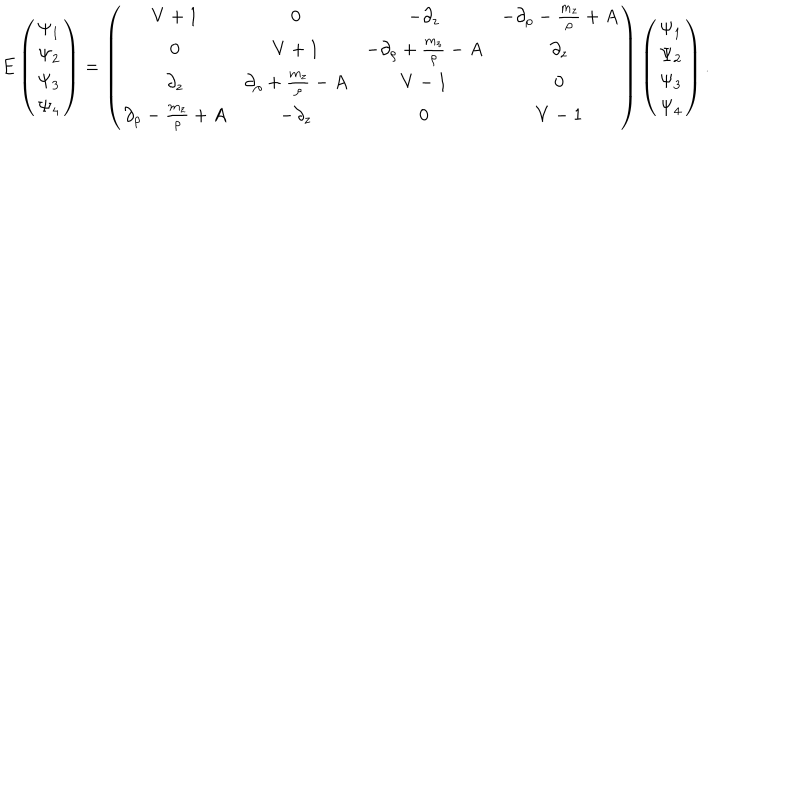
E \left( \begin{matrix} { { { \Psi _ { 1 } } } } \\ { { { \Psi _ { 2 } } } } \\ { { { \Psi _ { 3 } } } } \\ { { { \Psi _ { 4 } } } } \\ \end{matrix} \right) = \left( \begin{matrix} { { V + 1 } } & { { 0 } } & { { - \partial _ { z } } } & { { - \partial _ { \rho } - { \frac { m _ { z } } { \rho } } + \it { A } } } \\ { { 0 } } & { { V + 1 } } & { { - \partial _ { \rho } + { \frac { m _ { z } } { \rho } } - \it { A } } } & { { \partial _ { z } } } \\ { { \partial _ { z } } } & { { \partial _ { \rho } + { \frac { m _ { z } } { \rho } } - \it { A } } } & { { V - 1 } } & { { 0 } } \\ { { \partial _ { \rho } - { \frac { m _ { z } } { \rho } } + \it { A } } } & { { - \partial _ { z } } } & { { 0 } } & { { V - 1 } } \\ \end{matrix} \right) \left( \begin{matrix} { { { \Psi _ { 1 } } } } \\ { { { \Psi _ { 2 } } } } \\ { { { \Psi _ { 3 } } } } \\ { { { \Psi _ { 4 } } } } \\ \end{matrix} \right) .